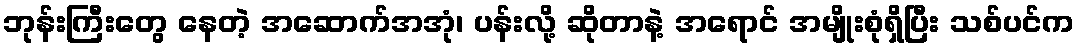
ဘုန်းကြီးတွေ နေတဲ့ အဆောက်အအုံ၊ ပန်းလို့ ဆိုတာနဲ့ အရောင် အမျိုးစုံရှိပြီး သစ်ပင်က